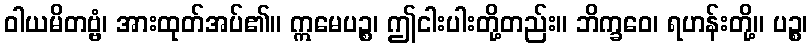
ဝါယမိတဗ္ဗံ၊ အားထုတ်အပ်၏။ ဣမေပဉ္စ၊ ဤငါးပါးတို့တည်း။ ဘိက္ခဝေ၊ ရဟန်းတို့။ ပဉ္စ၊